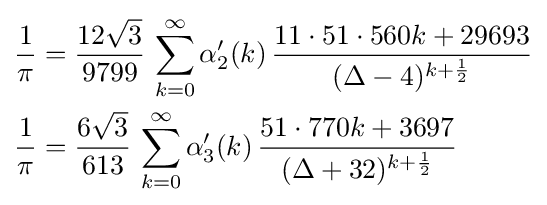
{\begin{aligned}{\frac {1}{\pi }}&={\frac {12{\sqrt {3}}}{9799}}\,\sum _{k=0}^{\infty }\alpha '_{2}(k)\,{\frac {11\cdot 51\cdot 560k+29693}{(\Delta -4)^{k+{\frac {1}{2}}}}}\\{\frac {1}{\pi }}&={\frac {6{\sqrt {3}}}{613}}\,\sum _{k=0}^{\infty }\alpha '_{3}(k)\,{\frac {51\cdot 770k+3697}{(\Delta +32)^{k+{\frac {1}{2}}}}}\\\end{aligned}}